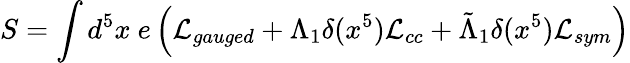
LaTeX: S=\int d^{5}x~e\left({\cal L}_{gauged}+\Lambda_{1}\delta(x^{5}){\cal L}_{cc}+\tilde{\Lambda}_{1}\delta(x^{5}){\cal L}_{sym}\right)